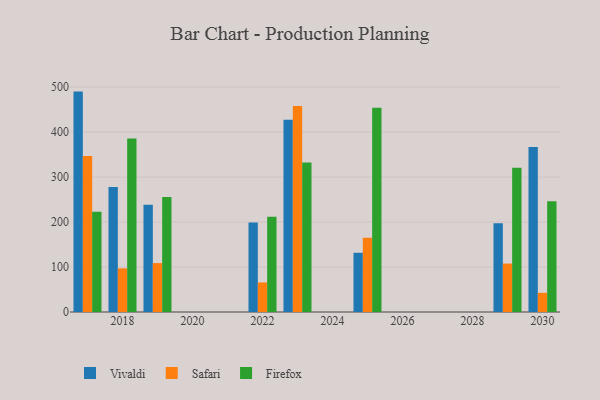
{"axis": {"x": "Year", "y": "Satisfaction Score"}, "legend": ["Firefox", "Safari", "Vivaldi"], "data": [{"x": "2022", "y": 199.2, "type": "Vivaldi"}, {"x": "2022", "y": 65.7, "type": "Safari"}, {"x": "2022", "y": 211.7, "type": "Firefox"}, {"x": "2018", "y": 277.8, "type": "Vivaldi"}, {"x": "2018", "y": 97.0, "type": "Safari"}, {"x": "2018", "y": 385.6, "type": "Firefox"}, {"x": "2023", "y": 427.6, "type": "Vivaldi"}, {"x": "2023", "y": 458.3, "type": "Safari"}, {"x": "2023", "y": 332.5, "type": "Firefox"}, {"x": "2025", "y": 131.7, "type": "Vivaldi"}, {"x": "2025", "y": 165.1, "type": "Safari"}, {"x": "2025", "y": 454.2, "type": "Firefox"}, {"x": "2019", "y": 238.3, "type": "Vivaldi"}, {"x": "2019", "y": 108.9, "type": "Safari"}, {"x": "2019", "y": 256.0, "type": "Firefox"}, {"x": "2030", "y": 367.0, "type": "Vivaldi"}, {"x": "2030", "y": 42.6, "type": "Safari"}, {"x": "2030", "y": 246.2, "type": "Firefox"}, {"x": "2017", "y": 490.1, "type": "Vivaldi"}, {"x": "2017", "y": 346.7, "type": "Safari"}, {"x": "2017", "y": 222.9, "type": "Firefox"}, {"x": "2029", "y": 197.3, "type": "Vivaldi"}, {"x": "2029", "y": 107.7, "type": "Safari"}, {"x": "2029", "y": 321.0, "type": "Firefox"}]}